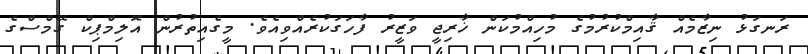
ރަނގަޅު ނިޒާމެއް ޤާއިމްކުރުމުގެ މުހިއްމުކަން ޚާރިޖީ ވަޒީރު ފާހަގަކުރެއްވިއެވެ. މީގެއިތުރުން އޮލިމްޕިކް ގޭމްސްގެ